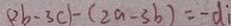
( 2 b - 3 c ) - ( 2 a - 3 b ) = - d i